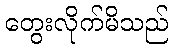
တွေးလိုက်မိသည်